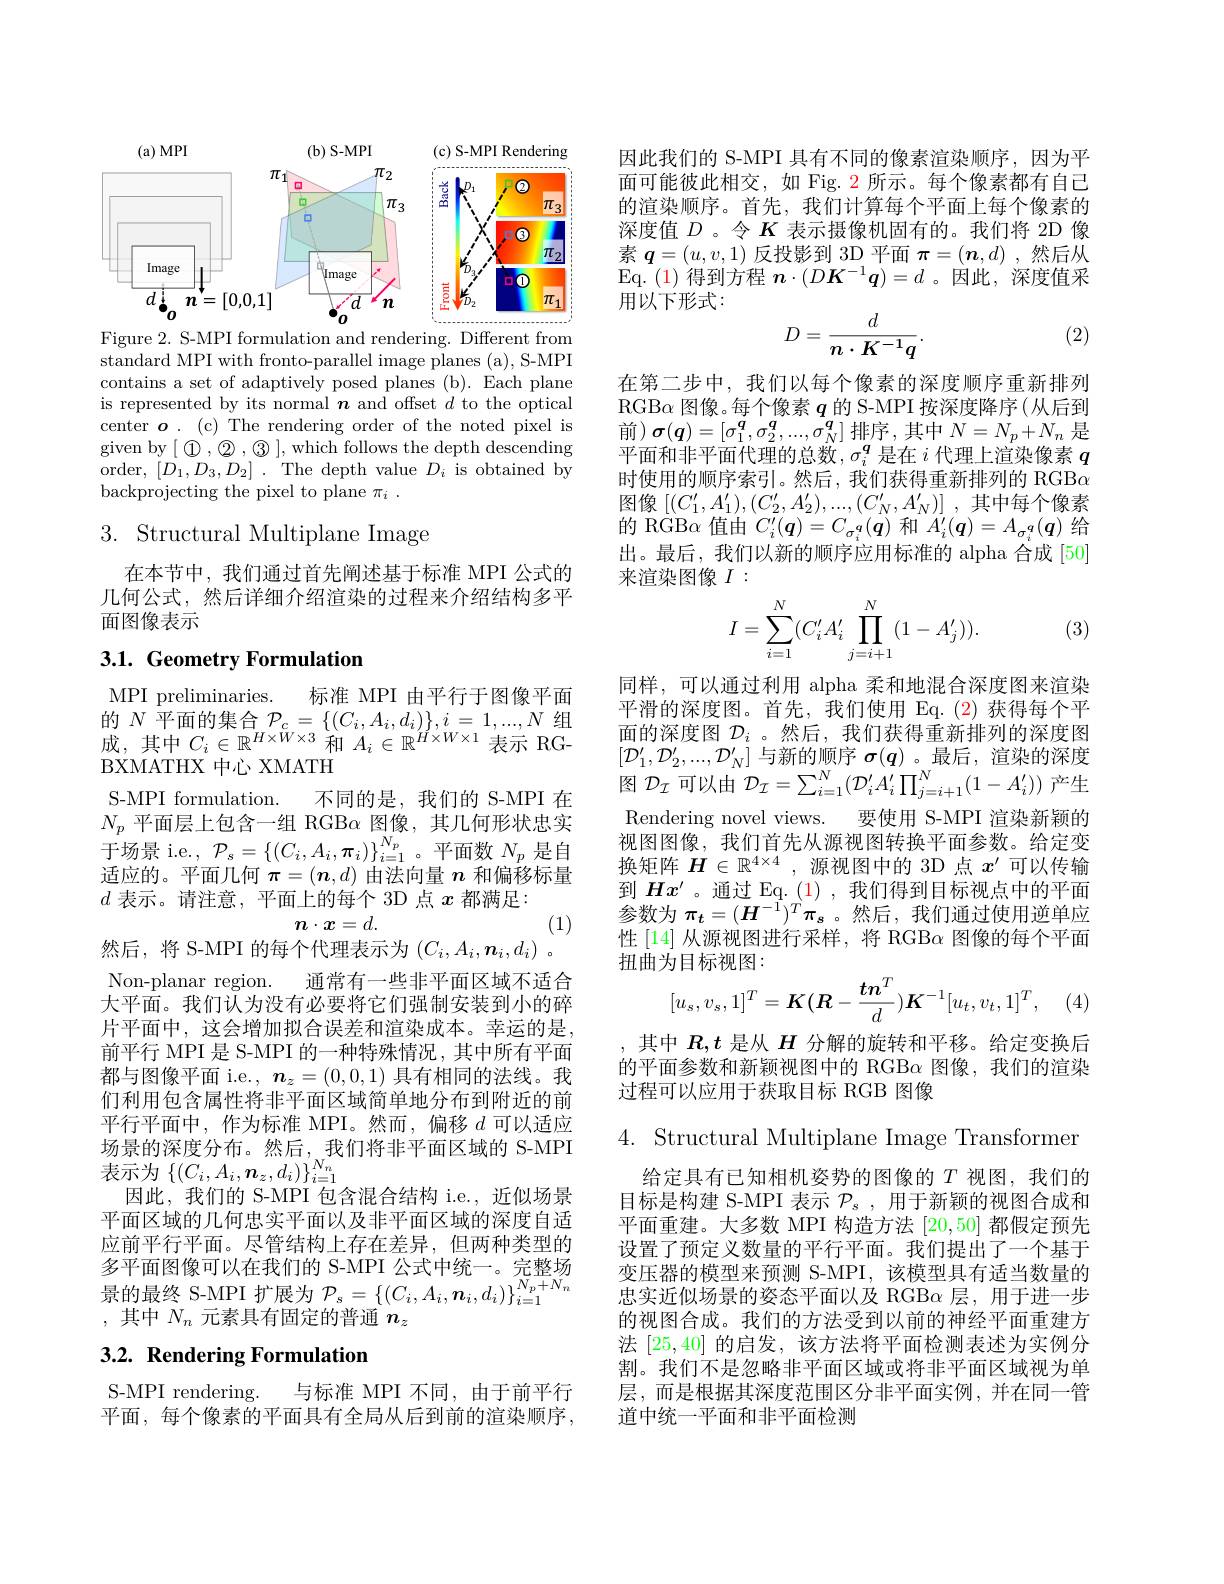
$MPI$
(b) S-MPI
(c) S-MPI Rendering
<FigureHere>
Figure 2. S-MPI formulation and rendering. Different from

standard MPI with fronto-parallel image planes (a), S-MPI contains a set of adaptively posed planes (b). Each plane is represented by its normal $\boldsymbol{n}$ and offset $d$ to the optical center $\boldsymbol{o}.$ ( c) The rendering order of the noted pixel is given by$[\textcircled{1},\textcircled{2},\textcircled{3}]$,which follows the depth descending order, $[D_{1},D_{3},D_{2}].$ The depth value $D_{i}$ is obtained by backprojecting the pixel to plane $\pi_i.$

# $3.{\mathrm{~Structural~Multiplane~Image}}$

在本节中，我们通过首先阐述基于标准 MPI 公式的几何公式，然后详细介绍渲染的过程来介绍结构多平面图像表示

## $3. 1. \textbf{ Geometry Formulation}$

MPI preliminaries. 标准 MPI 由平行于图像平面的$N$平面的集合$\mathcal{P}_c=\{(C_i,A_i,d_i)\},i=1,...,N$组成，其中$C_i\in\mathbb{R}^H\times\tilde{W}\times3$和$A_i\in\mathbb{R}^{H\times W\times1}$表示 RGBXMATHX 中心 XMATH
S-MPI formulation. 不同的是，我们的 S-MPI 在$N_p$平面层上包含一组 RGB$\alpha$ 图 像 , 其 几 何 形 状 忠 实 于场景 i.e., $\mathcal{P}_s=\{(C_i,A_i,\boldsymbol{\pi}_i)\}_{i=1}^{N_p}$。平面数$N_p$是自适应的。平面几何$\boldsymbol{\pi}=(\boldsymbol{n},d)$由法向量$n$和偏移标量$d$表示。请注意，平面上的每个 3D 点$x$都满足：
$$n\cdot x=d.$$
(1)

然后，将 S-MPI 的每个代理表示为$( C_i, A_i, \boldsymbol{n}_i, d_i)$ . Non-planar region. 通常有一些非平面区域不适合大平面。我们认为没有必要将它们强制安装到小的碎片平面中，这会增加拟合误差和渲染成本。幸运的是前平行 MPI 是 S-MPI 的一种特殊情况 , 其中所有平面都与图像平面 i.e., $\boldsymbol{n}_z=(0,0,1)$具有相同的法线。我们利用包含属性将非平面区域简单地分布到附近的前平行平面中，作为标准 MPI。然而，偏移$d$可以适应场景的深度分布。然后，我们将非平面区域的 S-MPI 表示为$\left\{(C_{i},A_{i},\boldsymbol{n}_{z},d_{i})\right\}_{i=1}^{N_{n}}$
因此，我们的 S-MPI 包含混合结构 i.e., 近似场景平面区域的几何忠实平面以及非平面区域的深度自适应前平行平面。尽管结构上存在差异，但两种类型的多平面图像可以在我们的 S-MPI 公式中统一。完整场景的最终 S-MPI 扩展为$\mathcal{P}_s=\left\{(C_i,A_i,\boldsymbol{n}_i,d_i)\right\}_{i=1}^{N_p+N_n}$ ,其中$N_n$元素具有固定的普通$n_z$

# 3.2. Rendering Formulation

S-MPI rendering. 与标准 MPI 不同，由于前平行平面，每个像素的平面具有全局从后到前的渲染顺序，

因此我们的 S-MPI 具有不同的像素渲染顺序，因为平面可能彼此相交，如 Fig. 2 所示。每个像素都有自己的渲染顺序。首先，我们计算每个平面上每个像素的深度值$D$ 。令$K$表示摄像机固有的。我们将 2D 像素$\boldsymbol{q}=(u,v,1)$反投影到 3D 平面$\pi=(\boldsymbol{n},d)$ ,然后从$\operatorname{Eq.}(1)$得到方程$\boldsymbol n\cdot(D\boldsymbol{K}^-1\boldsymbol{q})=d$ 。因此，深度值采用以下形式：
$$D=\frac{d}{n\cdot K^{-1}q}.$$
(2)

在第二步中，我们以每个像素的深度顺序重新排列RGBα 图像。每个像素$q$的 S-MPI 按深度降序(从后到前)$\sigma(\boldsymbol{q})=[\sigma_1^{\boldsymbol{q}},\sigma_2^{\boldsymbol{q}},...,\sigma_N^{\boldsymbol{q}}]$排序，其中$N=N_p+N_n$ 是平面和非平面代理的总数，$\sigma_i^q$是在$i$代理上渲染像素$q$ 时使用的顺序索引。然后，我们获得重新排列的 RGB$\alpha$ 图像$\left[(C_1^{\prime},A_1^{\prime}),(C_2^{\prime},A_2^{\prime}),...,(C_N^{\prime},A_N^{\prime})\right]$,其中每个像素的 RGB$\alpha$值由$C_i^\prime(\boldsymbol{q})=C_{\sigma_i^q}(\boldsymbol{q})$和$A_i^\prime(\boldsymbol{q})=A_{\sigma_i^q}(\boldsymbol{q})$给出。最后，我们以新的顺序应用标准的 alpha 合成 [50] 来渲染图像$I:$

(3)
$$I=\sum_{i=1}^N(C_i'A_i'\prod_{j=i+1}^N(1-A_j')).$$
同样，可以通过利用 alpha 柔和地混合深度图来渲染平滑的深度图。首先，我们使用 Eq.(2)获得每个平面的深度图$\mathcal{D}_i$ 。然后，我们获得重新排列的深度图$[\mathcal{D}_1^{\prime},\mathcal{D}_2^{\prime},...,\mathcal{D}_N^{\prime}]$与新的顺序$\boldsymbol\sigma(\boldsymbol q)$ 。最后，渲染的深度图$\mathcal{D}_I$可以由$\mathcal{D}_\mathcal{I}=\sum_i=1^N(\mathcal{D}_i^{\prime}A_i^{\prime}\prod_{j=i+1}^N(1-A_i^{\prime}))$产生Rendering novel views. 要使用 S-MPI 渲染新颖的视图图像，我们首先从源视图转换平面参数。给定变换矩阵$H\in\mathbb{R}^{4\times4}$,源视图中的 3D 点$x^\prime$可以传输到$Hx^{\prime}$ 。通过 Eq. (1) , 我们得到目标视点中的平面参数为$\pi_t=(H^{-\bar{1}})^T\pi_s$ 。然后，我们通过使用逆单应性[14] 从源视图进行采样，将 RGBα 图像的每个平面扭曲为目标视图：
$$[u_s,v_s,1]^T=K(R-\frac{t\boldsymbol{n}^T}{d})\boldsymbol{K}^{-1}[u_t,v_t,1]^T,$$
,其中$R,t$是从$H$分解的旋转和平移。给定变换后的平面参数和新颖视图中的 RGBα 图像，我们的渲染过程可以应用于获取目标 RGB 图像

4. Structural Multiplane Image Transformer
给定具有已知相机姿势的图像的$T$视图，我们的目标是构建 S-MPI 表示$\mathcal{P}_s$,用于新颖的视图合成和平面重建。大多数 MPI 构造方法[20,50]都假定预先设置了预定义数量的平行平面。我们提出了一个基于变压器的模型来预测 S-MPI,该模型具有适当数量的忠实近似场景的姿态平面以及 RGB$\alpha$层，用于进一步的视图合成。我们的方法受到以前的神经平面重建方法[25,40]的启发，该方法将平面检测表述为实例分割。我们不是忽略非平面区域或将非平面区域视为单层，而是根据其深度范围区分非平面实例，并在同一管道中统一平面和非平面检测